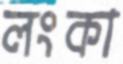
লংকা